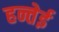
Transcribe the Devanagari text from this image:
हन्तेई